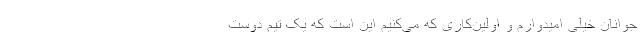
جوانان خیلی امیدوارم و اولین‌کاری که می‌کنیم این است که یک تیم دوست